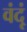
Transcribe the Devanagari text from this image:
वंदूं